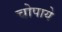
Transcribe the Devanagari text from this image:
चोपाये